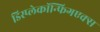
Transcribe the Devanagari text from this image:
डिस्प्लेकॉन्फिगएक्स